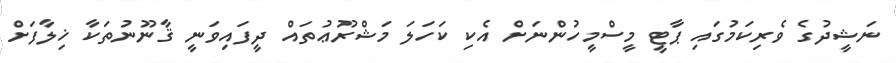
ނަޝީދުގެ ވެރިކަމުގައި ޕާޓީ މީސްމީހުންނަށް އެކި ކަހަލަ މަޝްރޫޢުތައް ދީފައިވަނީ ޤާނޫނުތަކާ ޚިލާފަށް